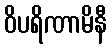
ဝိပရိဏာမိနီ